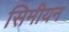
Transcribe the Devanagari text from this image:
सिमीयन